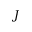
J